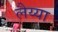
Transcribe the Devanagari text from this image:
लैय्या